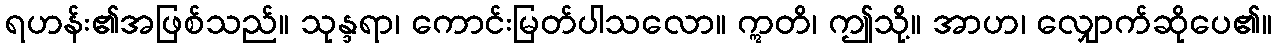
ရဟန်း၏အဖြစ်သည်။ သုန္ဒရာ၊ ကောင်းမြတ်ပါသလော။ ဣတိ၊ ဤသို့။ အာဟ၊ လျှောက်ဆိုပေ၏။